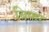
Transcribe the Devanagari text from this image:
बिफर